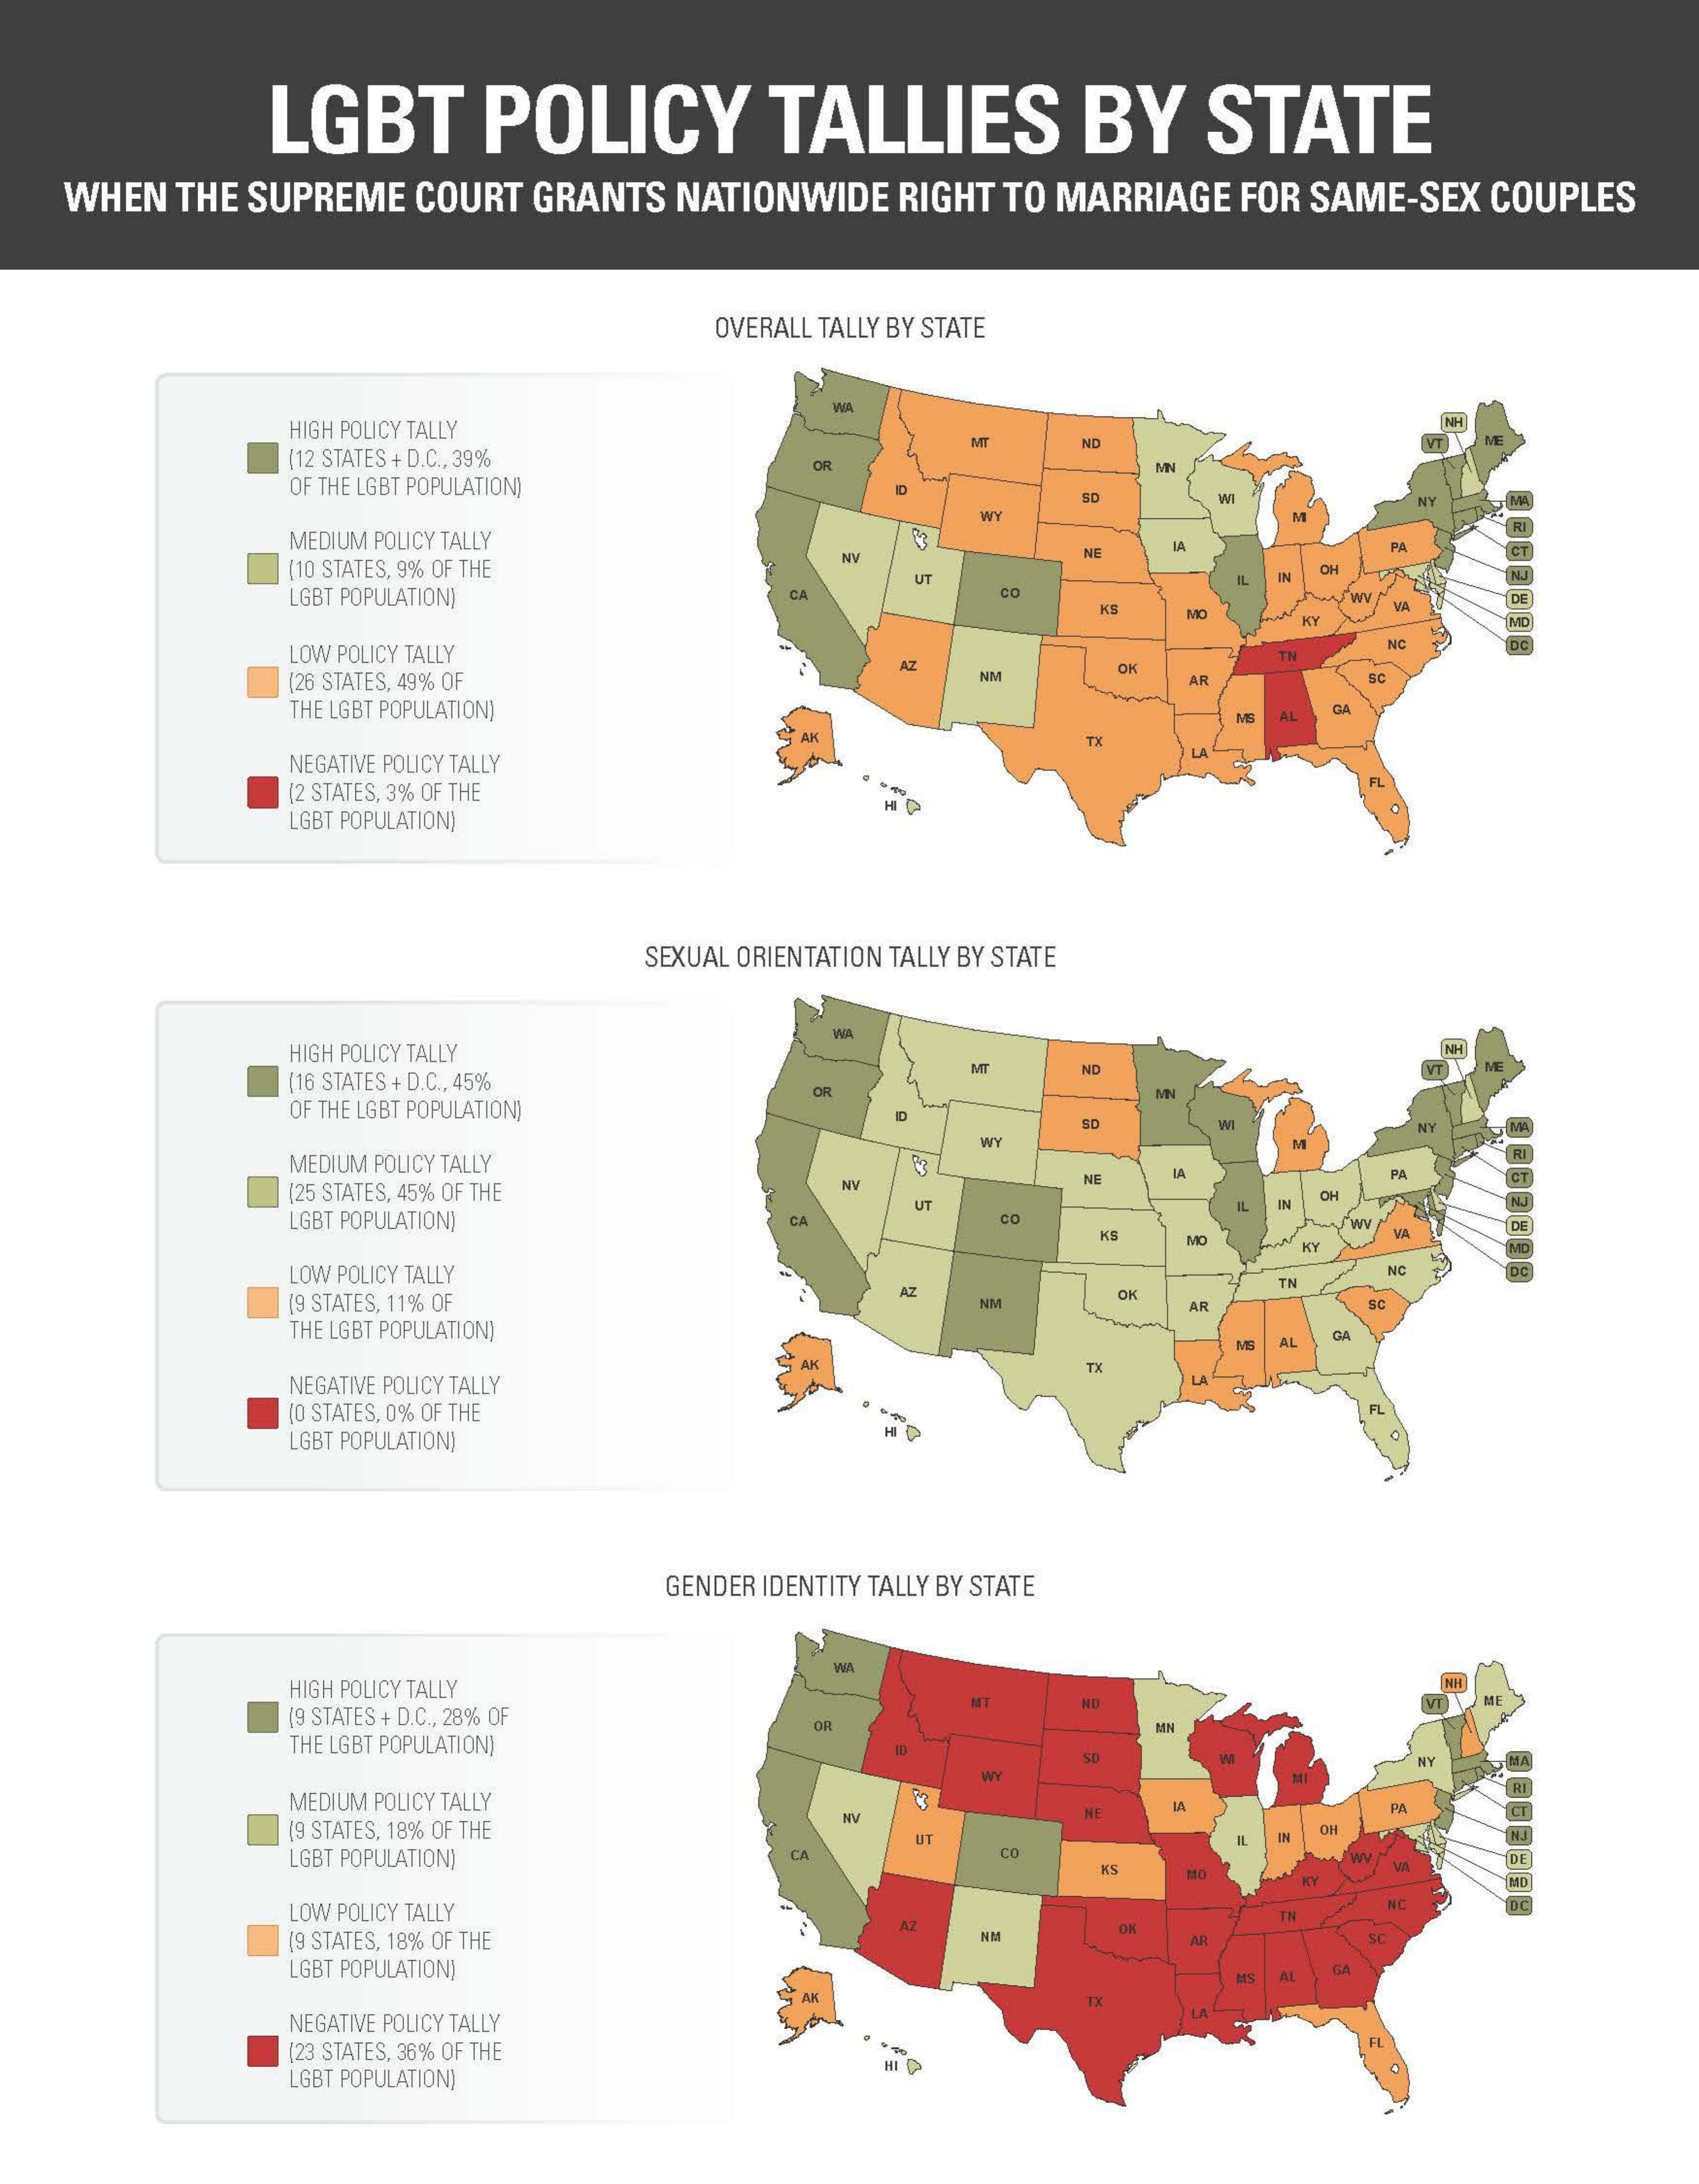
LGBT    POLICY    TALLIES    BY   STATE
   WHEN THE SUPREME COURT GRANTS NATIONWIDE RIGHT TO MARRIAGE FOR SAME-SEX COUPLES
     OVERALL TALLY BY STATE
     HIGH POLICY TALLY
     [12 STATES + D.C ., 39%
     ND
     OR
     OF THE LGBT POPULATION)
     M
     SD    WI
     WY
     MEDIUM POLICY TALLY
     [10 STATES, 9% OF THE
     NE    PA
     UT
     CH
     LGBT POPULATION)    CA    CO
     KB
     LOW POLICY TALLY
     NC
     [26 STATES, 49% OF
     AZ    OK
     AR    9C
     THE LGBT POPULATIONI
     MB AL
     GA
     NEGATIVE POLICY TALLY
     LA
     [2 STATES, 3% OF THE
     FL
     LGBT POPULATION)
     SEXUAL ORIENTATION TALLY BY STATE
     HIGH POLICY TALLY
     [16 STATES + D.C ., 45%
     ND    VT
     OF THE LGBT POPULATION)
     SD    NY
     MEDIUM POLICY TALLY
     WY
     [25 STATES, 45% OF THE
     NY
     PA
     UT
     CH
     LGBT POPULATION)    CA
     MO
     LOW POLICY TALLY    NC
     TN
     [9 STATES, 11% OF
     AZ
     AR    SC
     THE LGBT POPULATION]
     AL
     CA
     NEGATIVE POLICY TALLY
     TX
     LA
     [O STATES, 0% OF THE
     LGBT POPULATION)
     GENDER IDENTITY TALLY BY STATE
     HIGH POLICY TALLY
     WA
     [9 STATES+ D.C ., 28% OF
     VT
     THE LGBT POPULATION]
     OR    MIN
     SD
     MEDIUM POLICY TALLY
     19 STATES, 18% OF THE    UH
     LGBT POPULATION)    Ca    Www.   DE
     KY
     LOW POLICY TALLY
     NC
     [9 STATES, 18% OF THE
     AZ
     SC
     LGBT POPULATION)
     AI
     NEGATIVE POLICY TALLY
     [23 STATES, 36% OF THE
     LGBT POPULATION)